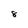
Character: 8